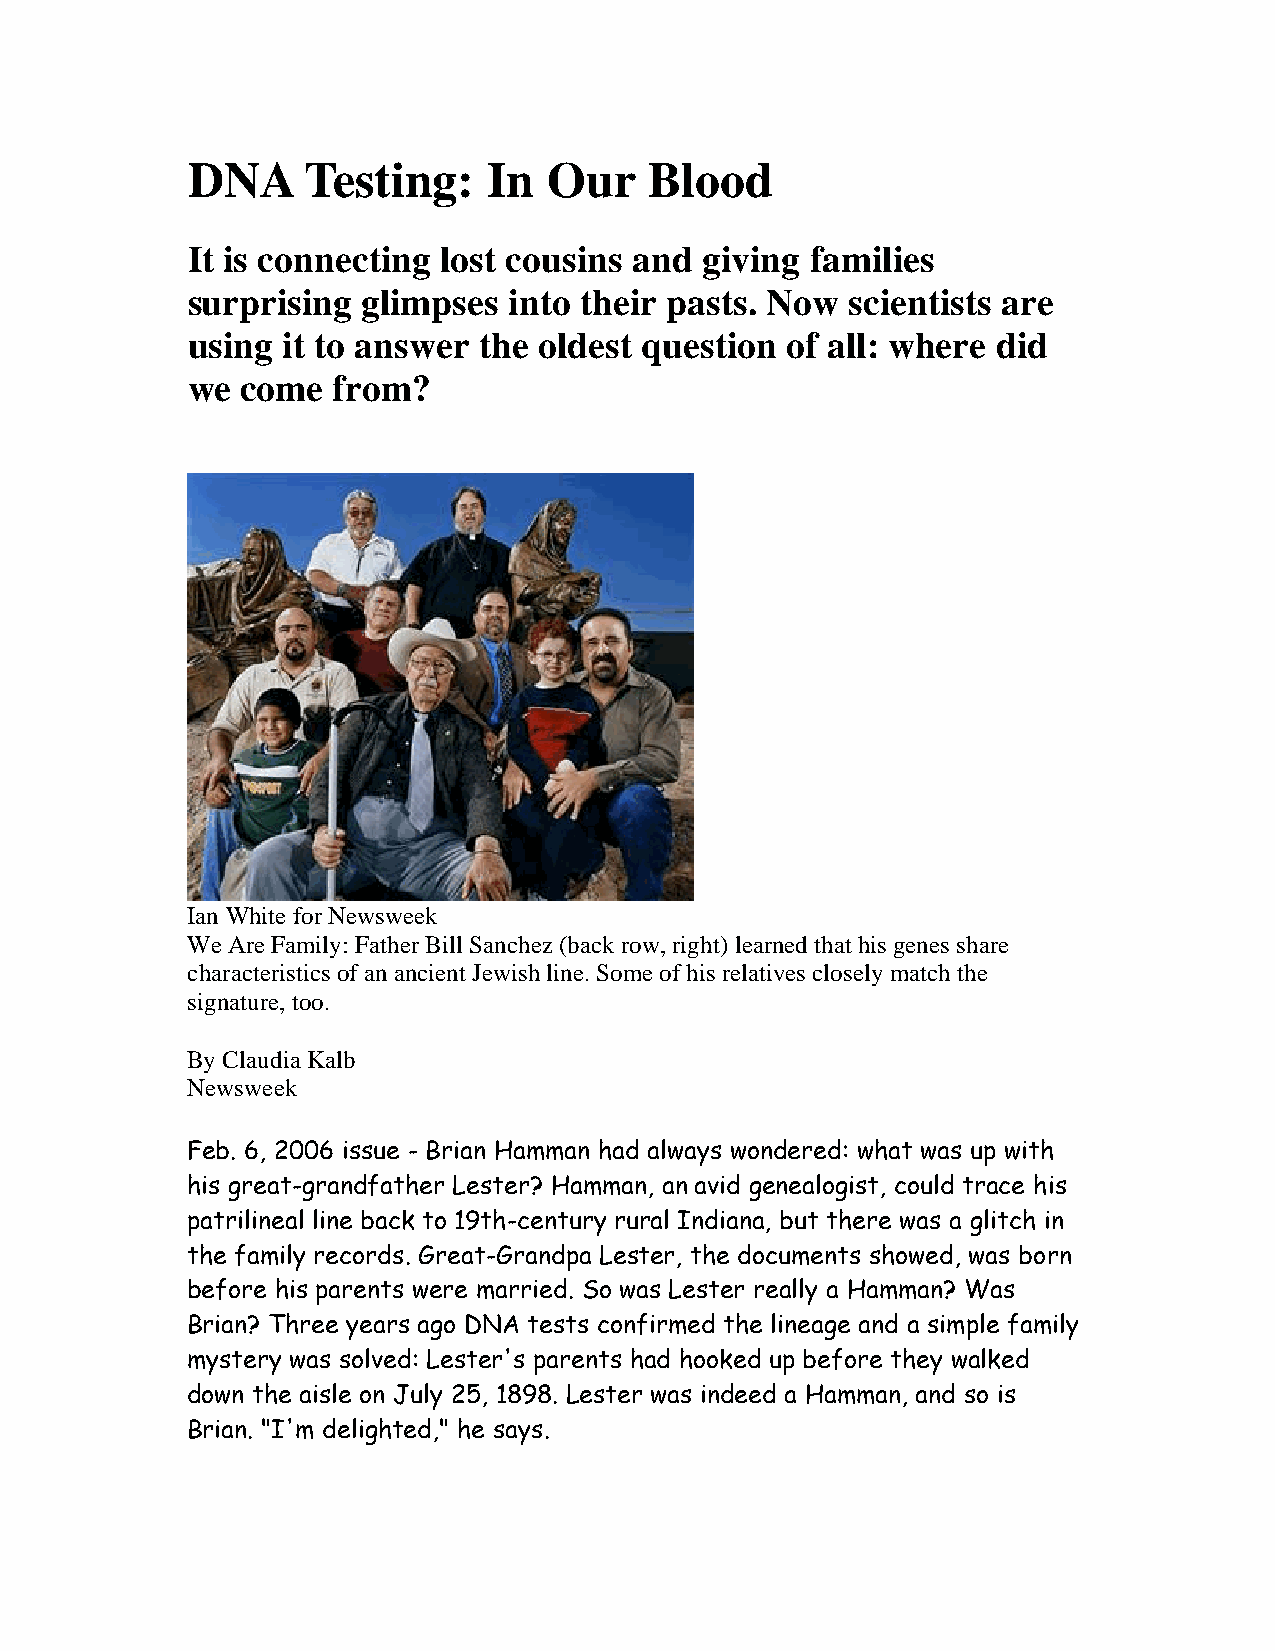
DNA     Testing:    In  Our    Blood
 It is connecting lost cousins and giving  families
 surprising  glimpses  into their pasts. Now scientists are
 using  it to answer the oldest question of all: where did
 we  come  from?
 Ian White for Newsweek
 We Are Family: Father Bill Sanchez (back row, right) learned that his genes share
 characteristics of an ancient Jewish line. Some of his relatives closely match the
 signature, too.
 By Claudia Kalb
 Newsweek
 Feb. 6, 2006 issue - Brian Hamman had always wondered: what was up with
 his great-grandfather Lester? Hamman, an avid genealogist, could trace his
 patrilineal line back to 19th-century rural Indiana, but there was a glitch in
 the family records. Great-Grandpa Lester, the documents showed, was born
 before his parents were married. So was Lester really a Hamman? Was
 Brian? Three years ago DNA tests confirmed the lineage and a simple family
 mystery was solved: Lester's parents had hooked up before they walked
 down the aisle on July 25, 1898. Lester was indeed a Hamman, and so is
 Brian. "I'm delighted," he says.